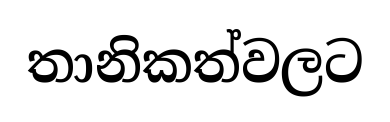
තානිකත්වලට